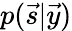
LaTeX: p(\vec{s}\vert\vec{y})